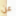
عن